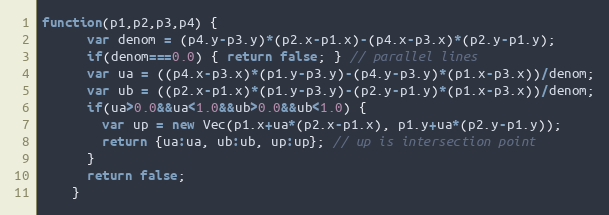
Language: JavaScript
function(p1,p2,p3,p4) {
      var denom = (p4.y-p3.y)*(p2.x-p1.x)-(p4.x-p3.x)*(p2.y-p1.y);
      if(denom===0.0) { return false; } // parallel lines
      var ua = ((p4.x-p3.x)*(p1.y-p3.y)-(p4.y-p3.y)*(p1.x-p3.x))/denom;
      var ub = ((p2.x-p1.x)*(p1.y-p3.y)-(p2.y-p1.y)*(p1.x-p3.x))/denom;
      if(ua>0.0&&ua<1.0&&ub>0.0&&ub<1.0) {
        var up = new Vec(p1.x+ua*(p2.x-p1.x), p1.y+ua*(p2.y-p1.y));
        return {ua:ua, ub:ub, up:up}; // up is intersection point
      }
      return false;
    }